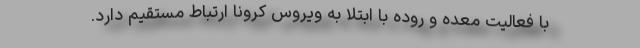
با فعالیت معده و روده با ابتلا به ویروس کرونا ارتباط مستقیم دارد.